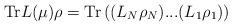
LaTeX: \begin{align*}\textrm{Tr}L(\mu)\rho=\textrm{Tr}\left((L_N\rho_N) ... (L_1\rho_1)\right)\end{align*}